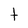
Character: t